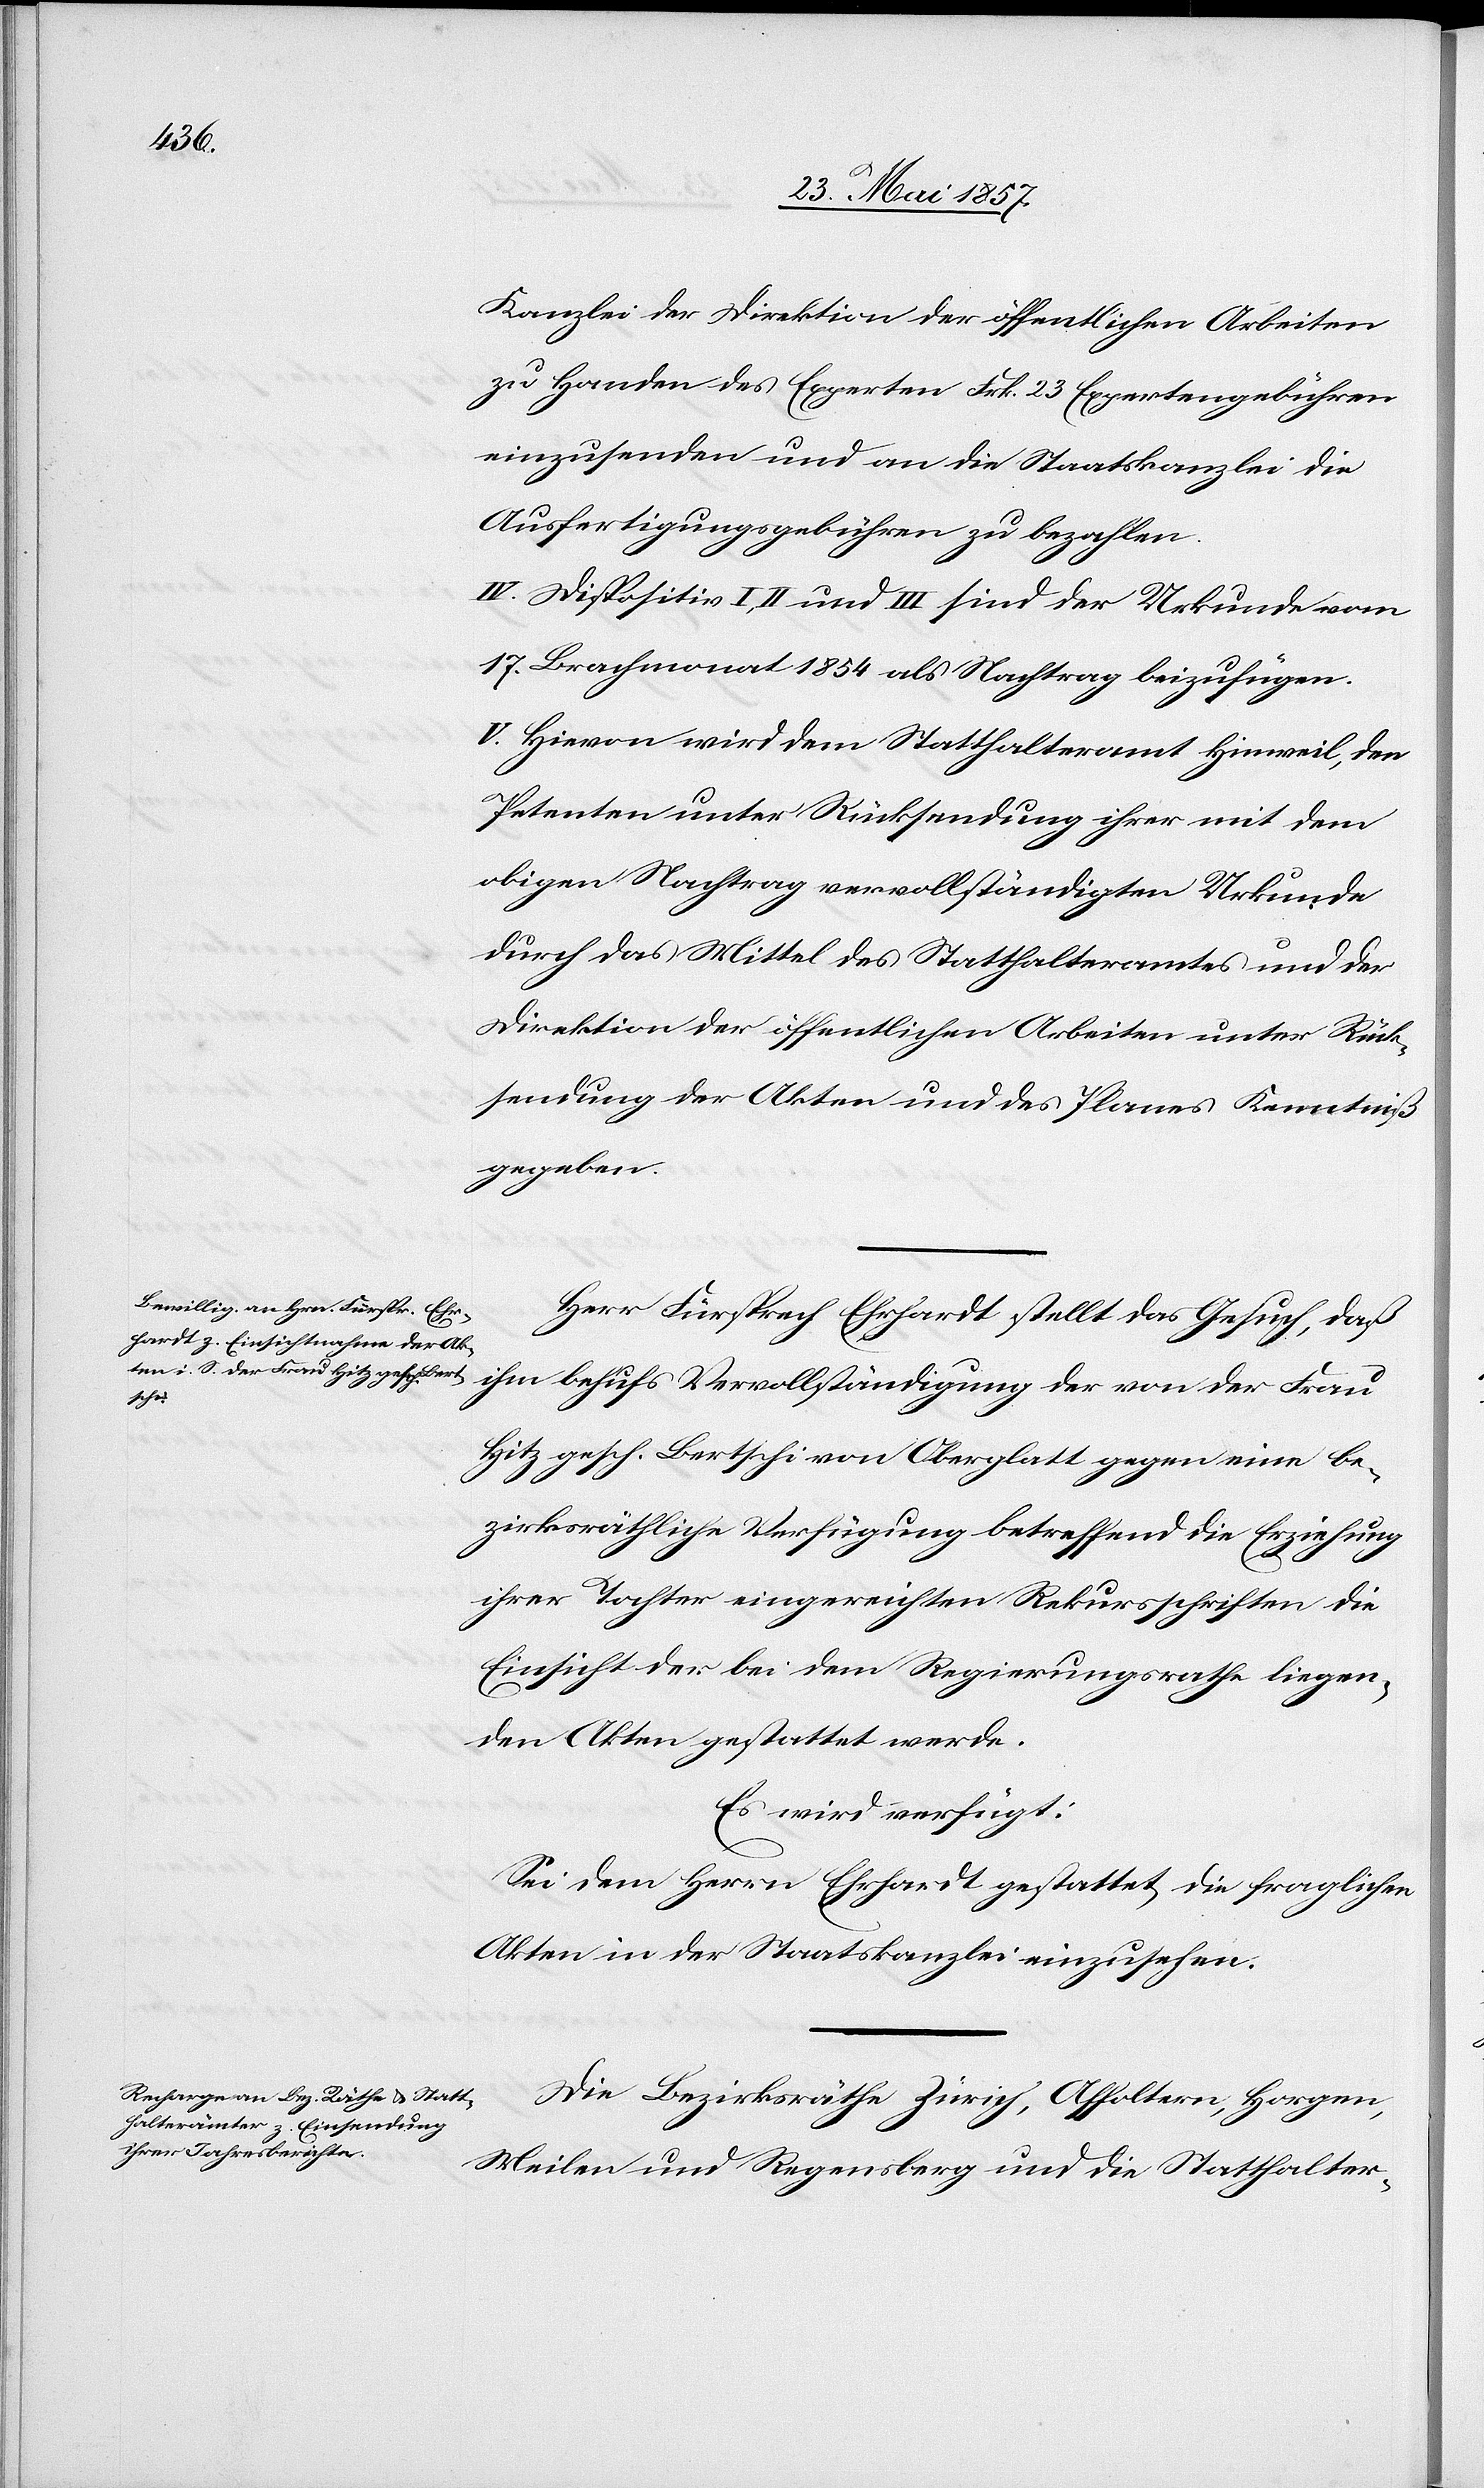
Kanzlei der Direktion der öffentlichen Arbeiten
zu Handen des Experten Frk. 23 Expertengebühren
einzusenden und an die Staatskanzlei die
Ausfertigungsgebühren zu bezahlen.
IV. Dispositiv I, II und III sind der Urkunde vom
17 Brachmonat 1854 als Nachtrag beizufügen.
V. Hievon wird dem Statthalteramt Hinweil, den
Petenten unter Rücksendung ihrer mit dem
obigen Nachtrag vervollständigten Urkunde
durch das Mittel des Statthalteramtes und der
Direktion der öffentlichen Arbeiten unter Rück¬
sendung der Akten und des Planes Kenntniß
gegeben.
Herr Fürsprech Ehrhardt stellt das Gesuch, daß
ihm behufs Vervollständigung der von der Frau
Hitz gesch. Bertschi von Oberglatt gegen eine be¬
zirksräthliche Verfügung betreffend die Erziehung
ihrer Tochter eingereichten Rekursschriften die
Einsicht der bei dem Regierungsrathe liegen¬
den Akten gestattet werde.
Es wird verfügt:
Sei dem Herrn Ehrhardt gestattet die fraglichen
Akten in der Staatskanzlei einzusehen.
Die Bezirksräthe Zürich, Affoltern, Horgen,
Meilen und Regensberg und die Statthalter-